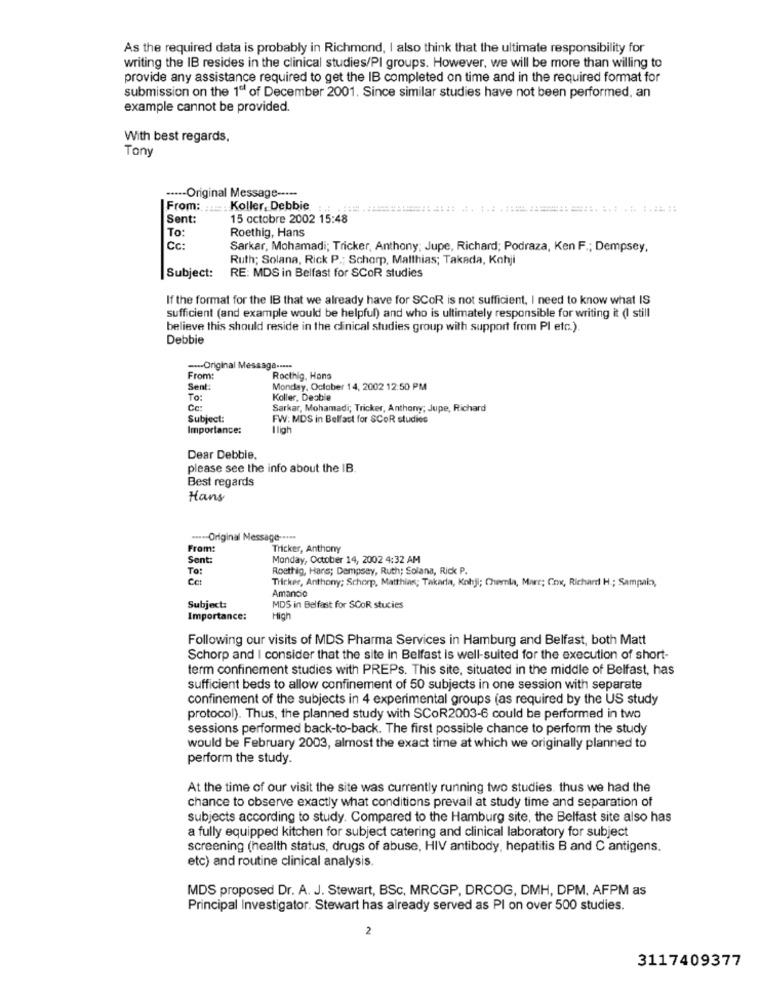
As the required data is probably in Richmond, I also think that the ultimate responsibility for
writing the IB resides in the clinical studies/PI groups. However, we will be more than willing to
provide any assistance required to get the IB completed on time and in the required format for
submission on the 1ªª of December 2001. Since similar studies have not been performed, an
example cannot be provided.
With best regards,
Tony
....- Original Message ----
From: . Koller, Debbie :.. .:::::=======..... ............. ......
Sent:
15 octobre 2002 15:48
Roethig, Hans
To:
Cc :
Sarkar, Mohamadi; Tricker, Anthony: Jupe, Richard; Podraza, Ken F .; Dempsey,
Ruth; Solana, Rick P .; Schorp, Matthias; Takada, Kohji
Subject:
RE: MDS in Belfast for SCOR studies
If the format for the IB that we already have for SCOR is not sufficient, I need to know what IS
sufficient (and example would be helpful) and who is ultimately responsible for writing it (I still
believe this should reside in the clinical studies group with support from Pl etc.).
Debbie
...- Original Message .....
From:
Rocthig, Hans
Sent:
Monday, October 14, 2002 12:50 PM
To:
Koller, Deabie
Ca:
Sarkar, Mohamadi; Tricker, Anthony; Jupe, Richard
Subject:
FW: MDS in Belfact for SCOR studios
Importance:
I ligh
Dear Debbie.
please see the info about the IB.
Best regards
Hans
..... Original Message -....
From:
Tricker, Anthony
Sent:
Monday, October 14, 2002 4:32 AM
To:
Rosthig, Hans; Dempsey, Ruth; Solana, Rick P.
THicker, Anthony; Schorp, Matthias; Takadla, Kohji; Chemla, Marc; Cox, Richard H .; Sampak,
Amancio
Subject:
MDS in Belfast for SCOR stucies
Importance:
High
Following our visits of MDS Pharma Services in Hamburg and Belfast, both Matt
Schorp and I consider that the site in Belfast is well-suited for the execution of short-
term confinement studies with PREPs. This site, situated in the middle of Belfast, has
sufficient beds to allow confinement of 50 subjects in one session with separate
confinement of the subjects in 4 experimental groups (as required by the US study
protocol). Thus, the planned study with SCOR2003-6 could be performed in two
sessions performed back-to-back. The first possible chance to perform the study
would be February 2003, almost the exact time at which we originally planned to
perform the study.
At the time of our visit the site was currently running two studies. thus we had the
chance to observe exactly what conditions prevail at study time and separation of
subjects according to study. Compared to the Hamburg site, the Belfast site also has
a fully equipped kitchen for subject catering and clinical laboratory for subject
screening (health status, drugs of abuse, HIV antibody, hepatitis B and C antigens.
etc) and routine clinical analysis.
MDS proposed Dr. A. J. Stewart, BSc, MRCGP, DRCOG, DMH, DPM, AFPM as
Principal Investigator. Stewart has already served as PI on over 500 studies.
2
3117409377